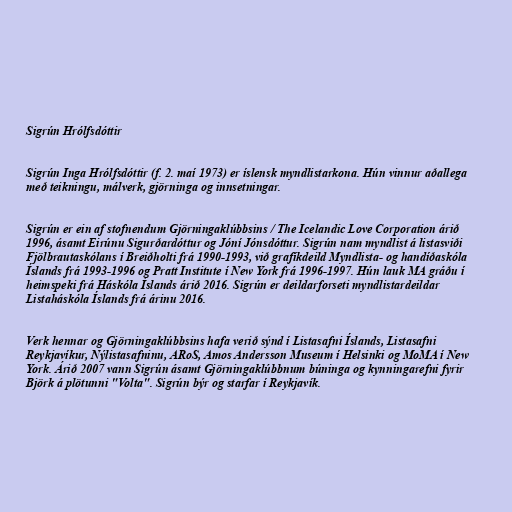
Sigrún Hrólfsdóttir

Sigrún Inga Hrólfsdóttir (f. 2. maí 1973) er íslensk myndlistarkona. Hún vinnur aðallega
með teikningu, málverk, gjörninga og innsetningar.

Sigrún er ein af stofnendum Gjörningaklúbbsins / The Icelandic Love Corporation árið
1996, ásamt Eirúnu Sigurðardóttur og Jóní Jónsdóttur. Sigrún nam myndlist á listasviði
Fjölbrautaskólans í Breiðholti frá 1990-1993, við grafíkdeild Myndlista- og handíðaskóla
Íslands frá 1993-1996 og Pratt Institute í New York frá 1996-1997. Hún lauk MA gráðu í
heimspeki frá Háskóla Íslands árið 2016. Sigrún er deildarforseti myndlistardeildar
Listaháskóla Íslands frá árinu 2016.

Verk hennar og Gjörningaklúbbsins hafa verið sýnd í Listasafni Íslands, Listasafni
Reykjavíkur, Nýlistasafninu, ARoS, Amos Andersson Museum í Helsinki og MoMA í New
York. Árið 2007 vann Sigrún ásamt Gjörningaklúbbnum búninga og kynningarefni fyrir
Björk á plötunni "Volta". Sigrún býr og starfar í Reykjavík.